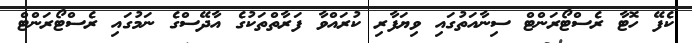
ކެފޭ ހޮޓާ ރެސްޓޯރަންޓް ސިނާއަތުގައި ވިޔަފާރި ކުރައްވާ ފަރާތްތަކުގެ އާދޭސްގެ ނަމުގައި ރެސްޓޯރަންޓް